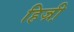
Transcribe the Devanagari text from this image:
हिज्री़